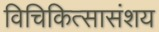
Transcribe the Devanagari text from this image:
विचिकित्सासंशय